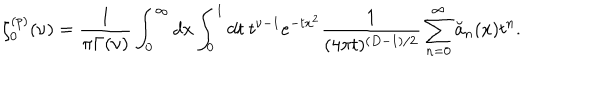
\zeta _ { 0 } ^ { ( p ) } ( \nu ) = { \frac { 1 } { \pi \Gamma ( \nu ) } } \int _ { 0 } ^ { \infty } d x \int _ { 0 } ^ { 1 } d t ~ t ^ { \nu - 1 } e ^ { - t x ^ { 2 } } { \frac { 1 } { ( 4 \pi t ) ^ { ( D - 1 ) / 2 } } } \sum _ { n = 0 } ^ { \infty } \breve { a } _ { n } ( x ) t ^ { n } .